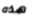
هذه